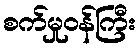
စက်မှုဝန်ကြီး